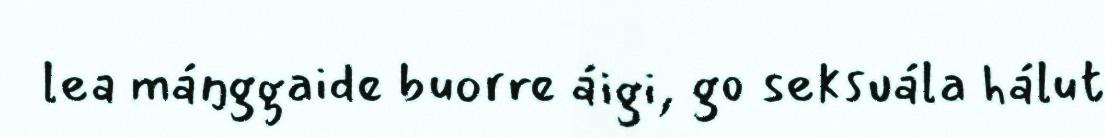
lea máŋggaide buorre áigi, go seksuála hálut